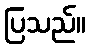
ပြသည်။